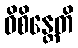
ဝိစိန္တေတိ